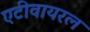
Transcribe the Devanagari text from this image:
एटीवायरल